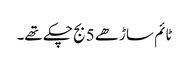
ٹائم ساڑھے 5 بج چکے تھے۔